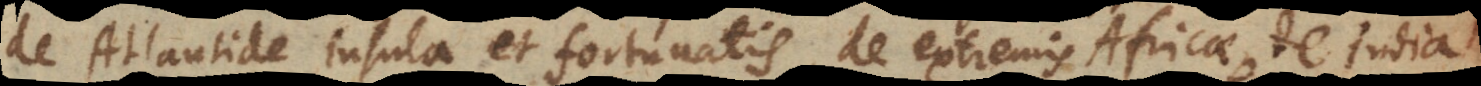
de Atlantide insula et fortunatis, de extremis Africae, de India